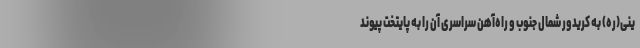
ینی(ره) به کریدور شمال جنوب و راه‌آهن سراسری آن را به پایتخت پیوند